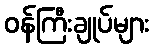
ဝန်ကြီးချုပ်များ